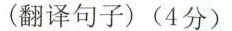
(翻译句子)(4分)